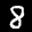
Label: 8